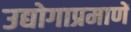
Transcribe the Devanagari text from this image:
उद्योगाप्रमाणें